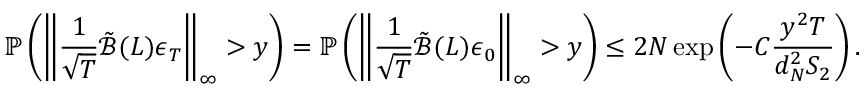
\mathbb { P } \left( \left\lVert \frac { 1 } { \sqrt { T } } \tilde { \mathcal { B } } ( L ) \boldsymbol { \epsilon } _ { T } \right\rVert _ { \infty } > y \right) = \mathbb { P } \left( \left\lVert \frac { 1 } { \sqrt { T } } \tilde { \mathcal { B } } ( L ) \boldsymbol { \epsilon } _ { 0 } \right\rVert _ { \infty } > y \right) \leq 2 N \exp \left( - C \frac { y ^ { 2 } T } { d _ { N } ^ { 2 } S _ { 2 } } \right) .